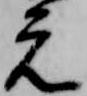
元